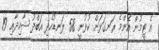
އެ ޓީމުން އެންމެ ރަނގަޅަށް ކުޅުނީ 58 ލަނޑުހެދި އަބްދު ޝާހިދާއި 19